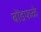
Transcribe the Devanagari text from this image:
बोंडफळे